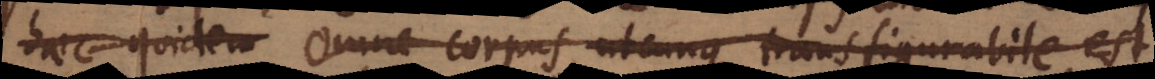
haec quidem Omne corpus utcunque transfigurabile est